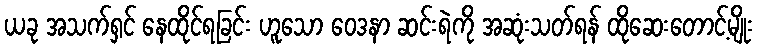
ယခု အသက်ရှင် နေထိုင်ရခြင်း ဟူသော ဝေဒနာ ဆင်းရဲကို အဆုံးသတ်ရန် ထိုဆေးတောင့်မျိုး